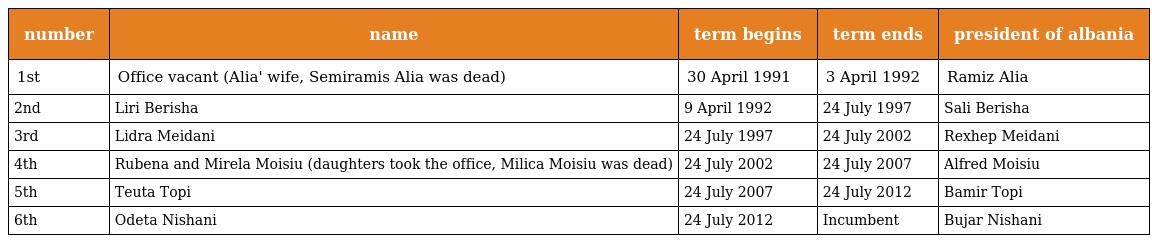
| number | name | term begins | term ends | president of albania |
 | --- | --- | --- | --- | --- |
 | 1st | Office vacant (Alia' wife, Semiramis Alia was dead) | 30 April 1991 | 3 April 1992 | Ramiz Alia |
 | 2nd | Liri Berisha | 9 April 1992 | 24 July 1997 | Sali Berisha |
 | 3rd | Lidra Meidani | 24 July 1997 | 24 July 2002 | Rexhep Meidani |
 | 4th | Rubena and Mirela Moisiu (daughters took the office, Milica Moisiu was dead) | 24 July 2002 | 24 July 2007 | Alfred Moisiu |
 | 5th | Teuta Topi | 24 July 2007 | 24 July 2012 | Bamir Topi |
 | 6th | Odeta Nishani | 24 July 2012 | Incumbent | Bujar Nishani |